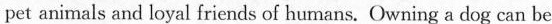
pet animals and loyal friends of humans. Owning a dog can be